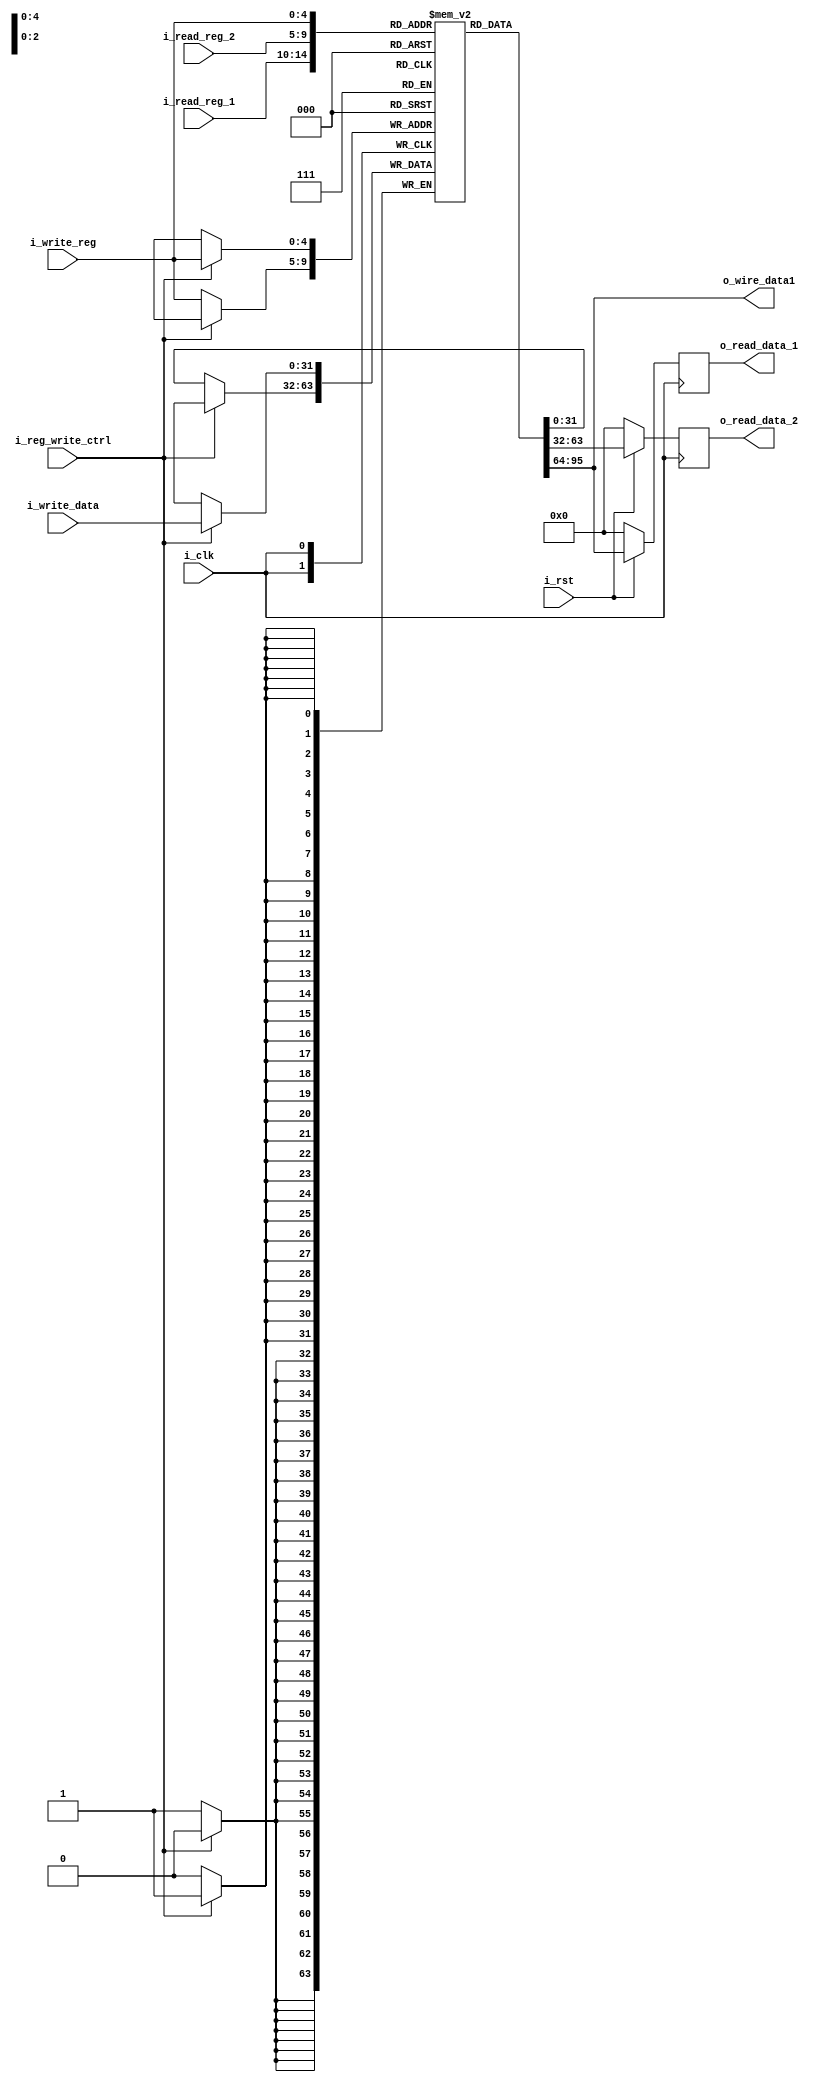
`timescale 1ns / 1ps
//////////////////////////////////////////////////////////////////////////////////
// Company: 
// Engineer: 
// 
// Design Name: 
// Module Name: banco_registros
// Project Name: 
// Target Devices: 
// Tool Versions: 
// Description: 
// 
// Dependencies: 
// 
// Revision:
// Revision 0.01 - File Created
// Additional Comments:
// 
//////////////////////////////////////////////////////////////////////////////////


module banco_registros
#(
    parameter LEN = 32,
    parameter CANTIDAD_REGISTROS=32,
    parameter NB_ADDRESS_REGISTROS=$clog2(CANTIDAD_REGISTROS)
)
(
    input i_clk,
    input i_rst,
    input [NB_ADDRESS_REGISTROS-1:0] i_read_reg_1,
    input [NB_ADDRESS_REGISTROS-1:0] i_read_reg_2,
    input [NB_ADDRESS_REGISTROS-1:0] i_write_reg,
    input i_reg_write_ctrl,
    input [LEN-1:0] i_write_data,
    output [LEN-1:0] o_wire_data1,
    output reg [LEN-1:0] o_read_data_1,
    output reg [LEN-1:0] o_read_data_2
);

reg [CANTIDAD_REGISTROS-1:0] registros [LEN-1:0];
//Inicializacion del banco de registros
generate
    integer indice;
    initial
        for (indice=0; indice < CANTIDAD_REGISTROS; indice =indice+1)
            registros[indice] <= {LEN{1'b0+indice}};
endgenerate

assign o_wire_data1 = registros[i_read_reg_1];

always @(negedge i_clk) //Lectura del banco de registros
begin
    if(!i_rst)
    begin
        o_read_data_1 <= 0;
        o_read_data_2 <= 0;
    end
    
    else
    begin
        o_read_data_1 <= registros[i_read_reg_1];
        o_read_data_2 <= registros[i_read_reg_2];
    end
end

always @(posedge i_clk) //Escritura en banco de registros
begin
    if(i_reg_write_ctrl)
        registros[i_write_reg] <= i_write_data;
    
    else
       registros[i_write_reg] <= registros[i_write_reg];
end
endmodule